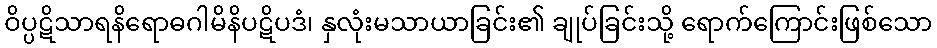
ဝိပ္ပဋိသာရနိရောဓဂါမိနိပဋိပဒံ၊ နှလုံးမသာယာခြင်း၏ ချုပ်ခြင်းသို့ ရောက်ကြောင်းဖြစ်သော